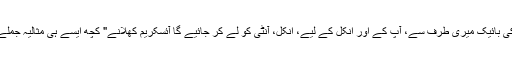
باجی کی مسکراہٹ پر ایک Mobile" اور "آنٹی، چلیں، یہ یونیک کی بائیک میری طرف سے، آپ کے اور انکل کے لیے، انکل، آنٹی کو لے کر جائیے گا آئسکریم کھلانے" کچھ ایسے ہی مثالیہ جملے ہیں جن پر شرکاء خوش ہوتے اور قہقہے لگاتے دکھائی دیتے ہیں۔